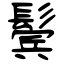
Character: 鬓